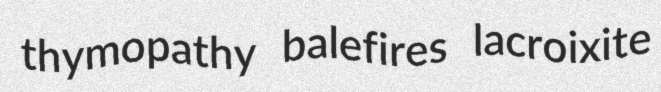
thymopathy balefires lacroixite